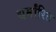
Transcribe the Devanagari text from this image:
धर्मांरित